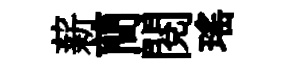
薪蕳閱瑤